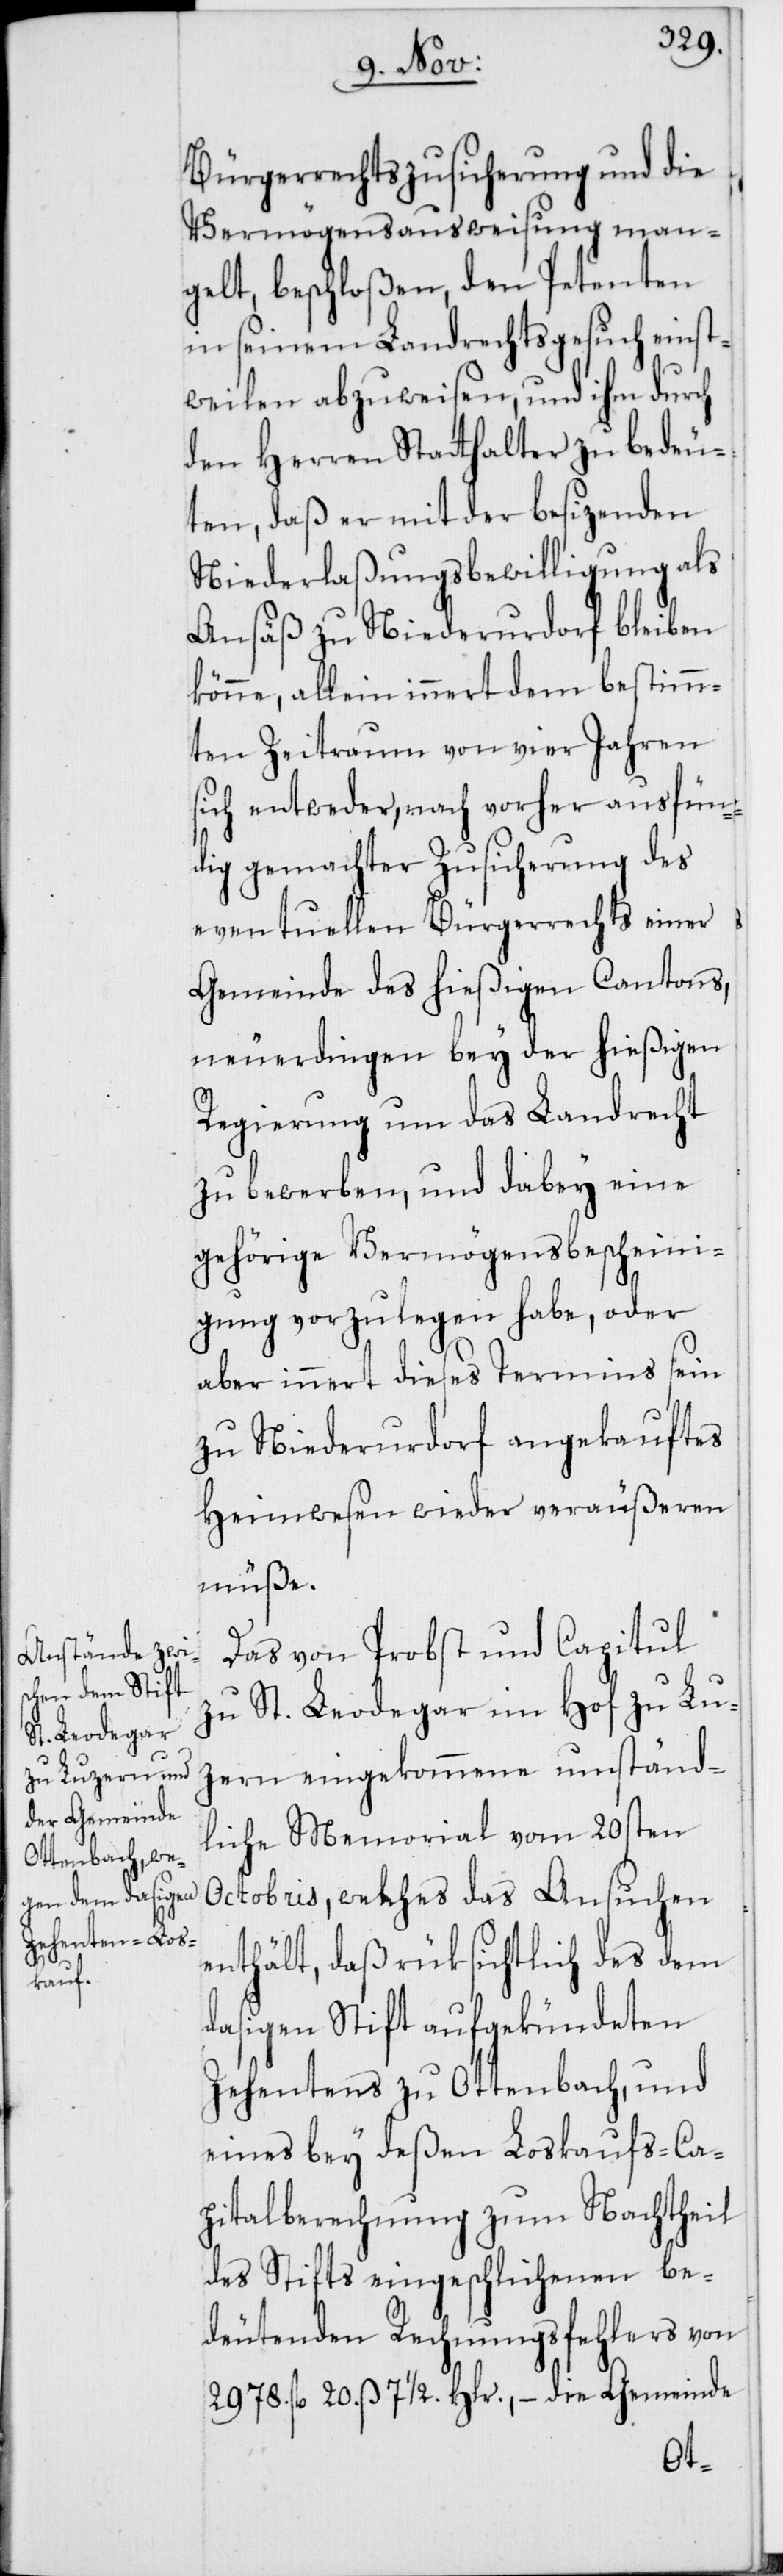
Bürgerrechtszusicherung und die
Vermögensausweisung man¬
gelt, beschloßen, den Petenten
in seinem Landrechtsgesuch einst¬
weilen abzuweisen, und ihm durch
den Herren Statthalter zu bedeu¬
ten, daß er mit der besizenden
Niederlaßungsbewilligung als
Ansäß zu Niederurdorf bleiben
könne, allein innert dem bestimm¬
ten Zeitraum von vier Jahren
sich entweder, nach vorher ausfün¬
dig gemachter Zusicherung des
eventuellen Bürgerrechts einer
Gemeinde des hießigen Cantons,
neuerdingen bey der hießigen
Regierung um das Landrecht
zu bewerben, und dabey eine
gehörige Vermögensbescheini¬
gung vorzulegen habe, oder
aber innert dieses Termins sein
zu Niederurdorf angekauftes
Heimwesen wieder veräußeren
müße.
Das von Probst und Capitul
zu St. Leodegar im Hof zu Lu¬
zern eingekommene umständ¬
liche Memorial vom 20sten
Octobris, welches das Ansuchen
enthält, daß rüksichtlich des dem
dasigen Stift aufgekündeten
Zehentens zu Ottenbach, und
eines bey deßen Loskaufs-Ca¬
pitalberechnung zum Nachtheil
des Stifts eingeschlichenen be¬
deutenden Rechnungsfehlers von
2978. fl. 20. ß 7 1/2. Hlr., – die Gemeinde